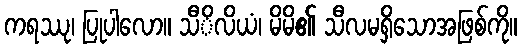
ကရဿု၊ ပြုပါလော။ သီိလိယံ၊ မိမိ၏ သီလမရှိသောအဖြစ်ကို။